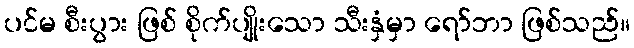
ပင်မ စီးပွား ဖြစ် စိုက်ပျိုးသော သီးနှံမှာ ရော်ဘာ ဖြစ်သည်။